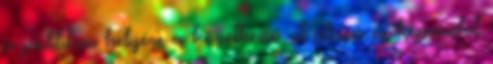
a politikus helyére a következő ot ülésen új képviselőt